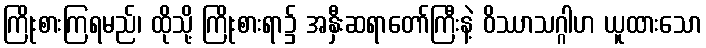
ကြိုးစားကြရမည်၊ ထိုသို့ ကြိုးစားရာ၌ အနှီးဆရာတော်ကြီးနဲ့ ဝိဿာသဂ္ဂါဟ ယူထားသော